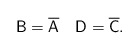
\begin{align*} \mathsf{B} = \overline{\mathsf{A}} \quad \mathsf{D} = \overline{\mathsf{C}}. \end{align*}